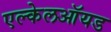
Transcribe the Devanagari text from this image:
एल्केलऑयड